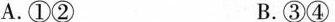
A.①② B.③④